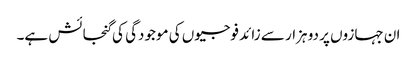
ان جہازوں پر دو ہزار سے زائد فوجیوں کی موجودگی کی گنجائش ہے۔